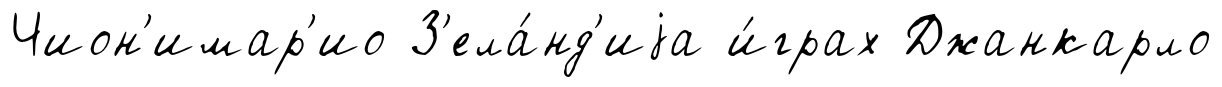
Чион'имар'ио З'ела́нд'иjа и́грах Джанкарло